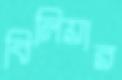
বিলিয়ার